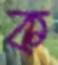
ক